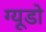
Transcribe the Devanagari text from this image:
ग्यूडो